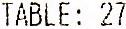
TABLE: 27